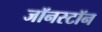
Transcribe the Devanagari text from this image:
जॉनस्टॉन